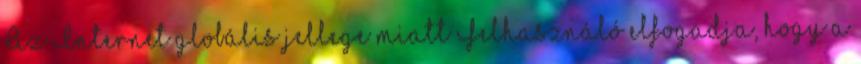
Az Internet globális jellege miatt Felhasználó elfogadja, hogy a